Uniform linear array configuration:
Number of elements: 4
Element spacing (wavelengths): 0.75
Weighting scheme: hann
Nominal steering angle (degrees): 60
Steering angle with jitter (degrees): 60.333
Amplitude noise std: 0.05
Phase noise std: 0.05

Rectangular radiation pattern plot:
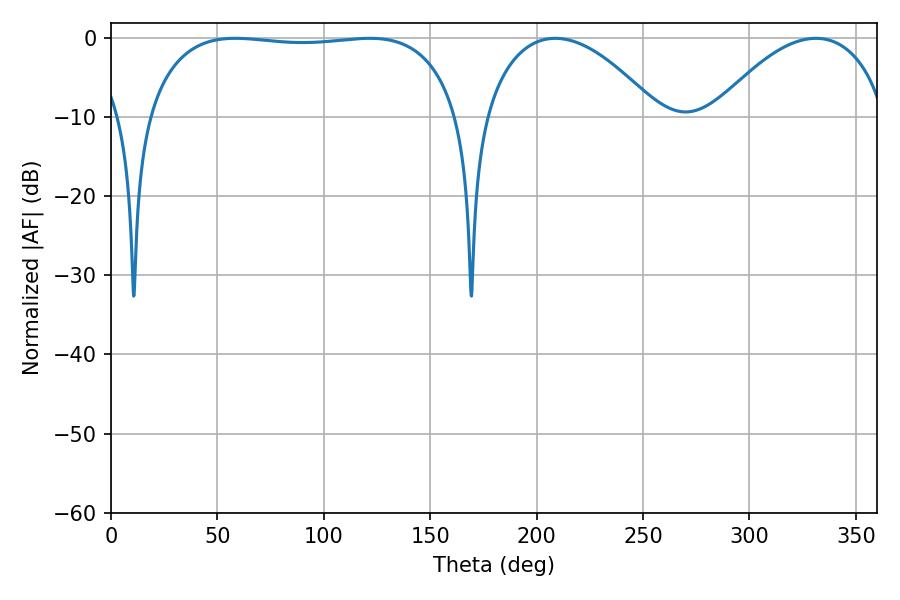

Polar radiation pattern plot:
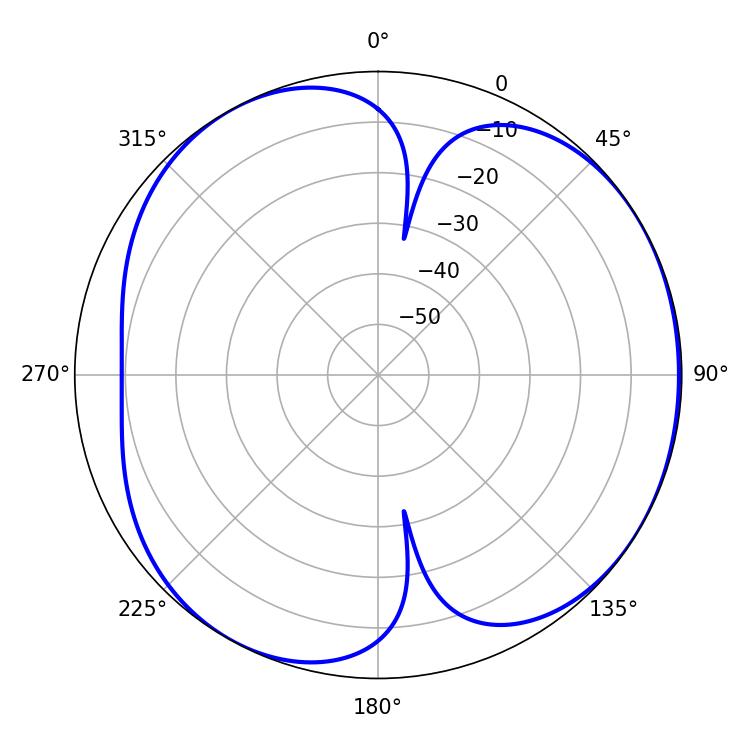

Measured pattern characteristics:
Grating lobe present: TRUE
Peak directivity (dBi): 4.697
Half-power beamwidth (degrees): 45.9
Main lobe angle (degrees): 208.8